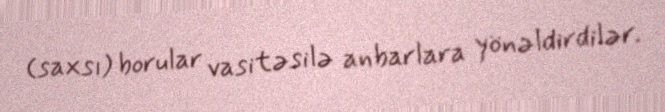
(saxsı) borular vasitəsilə anbarlara yönəldirdilər.